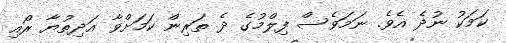
ކަމަކު ނުދެ އެވެ. ނަމަވެސް ފިލްމުގެ ދެ ތަރިން ކަމަށްވާ އަދިތުޔާ ރޯއި